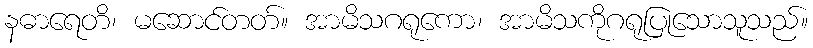
နဓာရေတိ၊ မဆောင်တတ်။ အာမိသဂရုကော၊ အာမိသကိုဂရုပြုသောသူသည်။